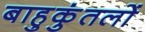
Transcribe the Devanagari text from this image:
बाहुकुंतलों